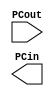

module Adder(
	input [31:0] PCout,
	output reg[31:0] PCin
    );

	always @(PCout) begin

	end

endmodule